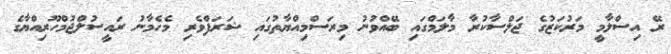
ރޭ އިސްލާމީ މަރުކަޒުގެ ޖަލްސާކުރާ މާލަމްގައި ބޭއްވުނު މިރަސްމިއްޔާތުގައި ޝަރަފްވެރި މެހެމާނު ރައީސުލްޖުމްހޫރިއްޔާގެ